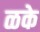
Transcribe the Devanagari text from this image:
ळके